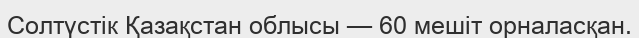
Солтүстік Қазақстан облысы — 60 мешіт орналасқан.